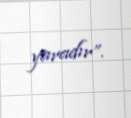
yaradır”.